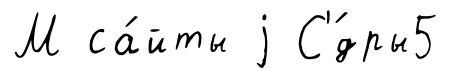
М са́йты j С'́дры5